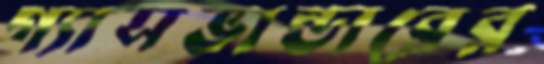
গ্যাসভান্ডারের